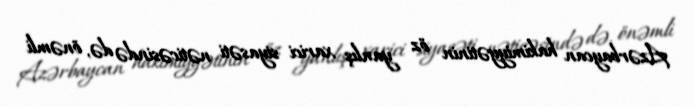
Azərbaycan hakimiyyətinin öz yanlış xarici siyasəti nəticəsində də, önəmli